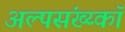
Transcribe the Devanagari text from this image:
अल्पसंख्य्कॉ